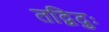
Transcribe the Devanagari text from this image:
तद्विदुः